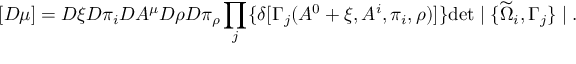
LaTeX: [ { \cal D } \mu ] = { \cal D } \xi { \cal D } \pi _ { i } { \cal D } A ^ { \mu } { \cal D } \rho { \cal D } \pi _ { \rho } \prod _ { j } \{ \delta [ \Gamma _ { j } ( A ^ { 0 } + \xi , A ^ { i } , \pi _ { i } , \rho ) ] \} \mathrm { d e t } \mid \{ \widetilde { \Omega } _ { i } , \Gamma _ { j } \} \mid .